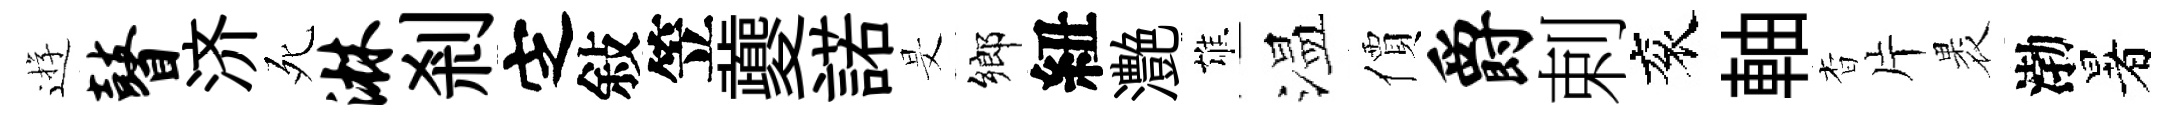
逰瞽济死淋剎㝎敍笠夔諾旻鄉紐灔雄温價爵剌衮軸杳片褁渤暑